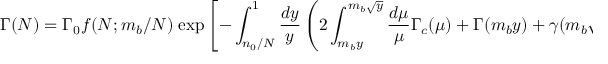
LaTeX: \Gamma ( N ) = \Gamma _ { 0 } f ( N ; m _ { b } / N ) \; \mathrm { e x p } \left[ - \int _ { n _ { 0 } / N } ^ { 1 } { \frac { d y } { y } } \left( 2 \int _ { m _ { b } y } ^ { m _ { b } \sqrt { y } } { \frac { d \mu } { \mu } } \Gamma _ { c } ( \mu ) + \Gamma ( m _ { b } y ) + \gamma ( m _ { b } \sqrt { y } ) \right) \right] \, ,